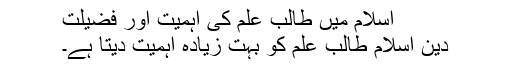
اسلام میں طالب علم کی اہمیت اور فضیلت
دین اسلام طالب علم کو بہت زیادہ اہمیت دیتا ہے۔